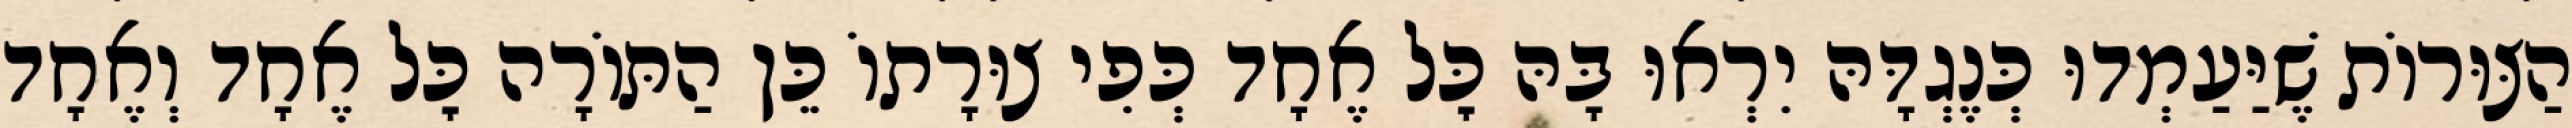
הַצּוּרוֹת שֶׁיַּעַמְדוּ כְּנֶגְדָּהּ יִרְאוּ בָּהּ כׇּל אֶחָד כְּפִי צוּרָתוֹ כֵּן הַתּוֹרָה כׇּל אֶחָד וְאֶחָד